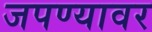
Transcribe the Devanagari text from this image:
जपण्यावर